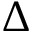
\Delta